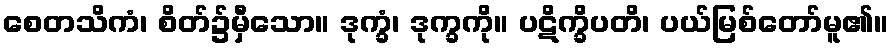
စေတသိကံ၊ စိတ်၌မှီသော။ ဒုက္ခံ၊ ဒုက္ခကို။ ပဋိက္ခိပတိ၊ ပယ်မြစ်တော်မူ၏။